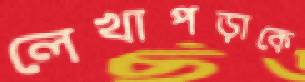
লেখাপড়াকে